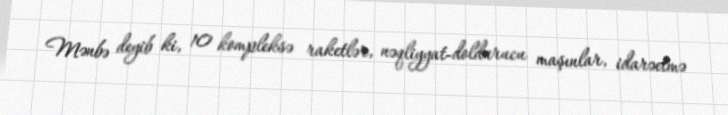
Mənbə deyib ki, 10 kompleksə raketlər, nəqliyyat-doldurucu maşınlar, idarəetmə